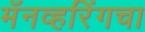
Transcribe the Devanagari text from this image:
मॅनव्हरिंगचा